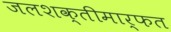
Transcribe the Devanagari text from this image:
जलशक्तीमार्फत